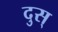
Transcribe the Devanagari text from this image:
दुस्